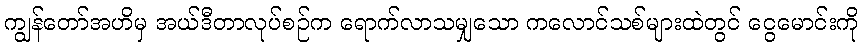
ကျွန်တော်အဟိမှ အယ်ဒီတာလုပ်စဉ်က ရောက်လာသမျှသော ကလောင်သစ်များထဲတွင် ငွေမောင်းကို